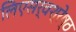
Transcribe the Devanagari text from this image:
लिएसर्वश्रेष्ठ